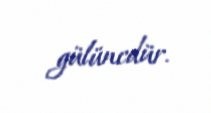
gülüncdür.